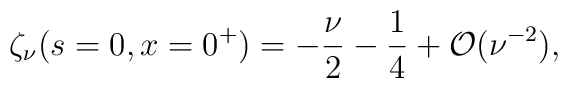
\zeta_\nu(s=0,x=0^+) =\displaystyle{{ {-\frac{\nu}{2}}-\frac{1}{4}} +  {\cal O}(\nu^{-2})},